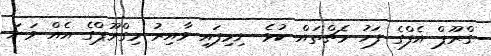
ގްރޫޕް އެފްގެ ފަހު މެޗްތައް ކުޅެ ނިމިފައި ވާއިރު މިގްރޫޕްގެ އެއް ވަނަ